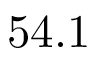
5 4 . 1